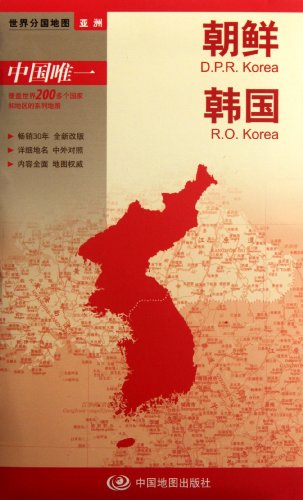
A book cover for New version world divided country map Asia: North Korea. South Korea (boxed folding version)(Chinese Edition); ZHOU MIN; Travel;